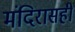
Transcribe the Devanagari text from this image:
मंदिरासही